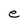
Character: e